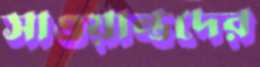
সাওয়ান্তদের